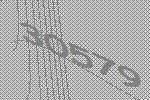
30579